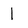
Character: 1